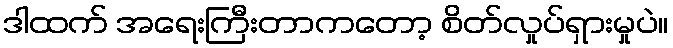
ဒါထက် အရေးကြီးတာကတော့ စိတ်လှုပ်ရှားမှုပဲ။